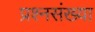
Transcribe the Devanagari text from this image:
प्रश्नसंख्या